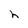
Character: h